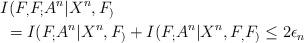
LaTeX: \begin{align*}&I(F_,F_;A^n|X^n,F_)\\& \;= I(F_;A^n|X^n,F_) +I(F_;A^n|X^n,F_,F_)\leq 2\epsilon_n\end{align*}